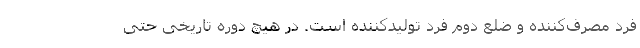
فرد مصرف‌کننده و ضلع دوم فرد تولیدکننده است. در هیچ دوره تاریخی حتی